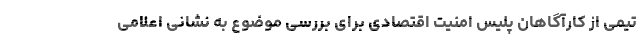
تیمی از کارآگاهان پلیس امنیت اقتصادی برای بررسی موضوع به نشانی اعلامی